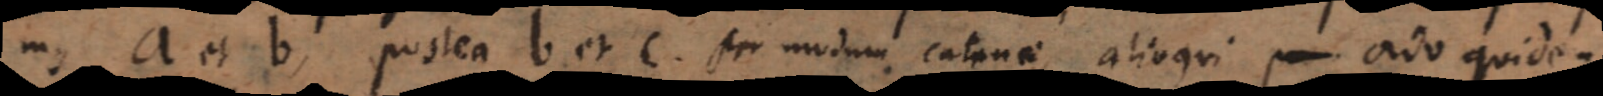
mus a et b, postea b et c, per modum catenae, alioqui ordo quidem